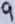
Text: 9